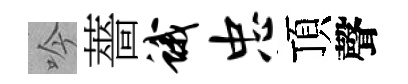
吟薔蛾忠頂聲